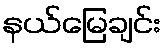
နယ်မြေချင်း